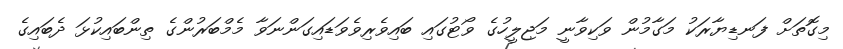
މިގޮތަށް ފަނޑިޔާރަކު މަގާމުން ވަކިވާނީ މަޖިލީހުގެ ވޯޓުގައި ބައިވެރިވެވަޑައިގަންނަވާ މެމްބަރުންގެ ތިންބައިކުޅަ ދެބައިގެ